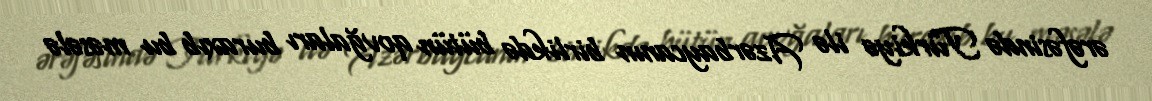
ərəfəsində Türkiyə ilə Azərbaycanın birlikdə bütün qovğaları buraxıb bu məsələ